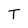
Character: T